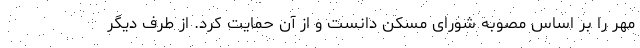
مهر را بر اساس مصوبه شورای مسکن دانست و از آن حمایت کرد. از طرف دیگر